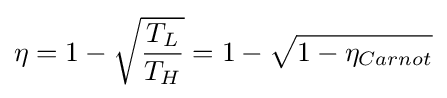
\eta =1-{\sqrt {\frac {T_{L}}{T_{H}}}}=1-{\sqrt {1-\eta _{Carnot}}}